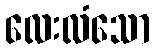
လေးလံသော